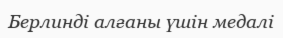
Берлинді алғаны үшін медалі